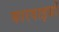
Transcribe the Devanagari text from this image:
कारवाइयों